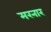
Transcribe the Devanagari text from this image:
मरनार